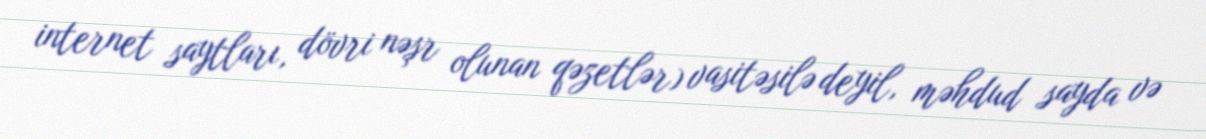
internet saytları, dövri nəşr olunan qəzetlər) vasitəsilə deyil, məhdud sayda və